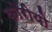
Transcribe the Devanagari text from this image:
कोरीयो